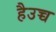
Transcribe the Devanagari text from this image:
हैउच्च